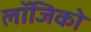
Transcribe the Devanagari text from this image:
लॉजिको